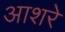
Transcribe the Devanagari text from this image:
आशरे